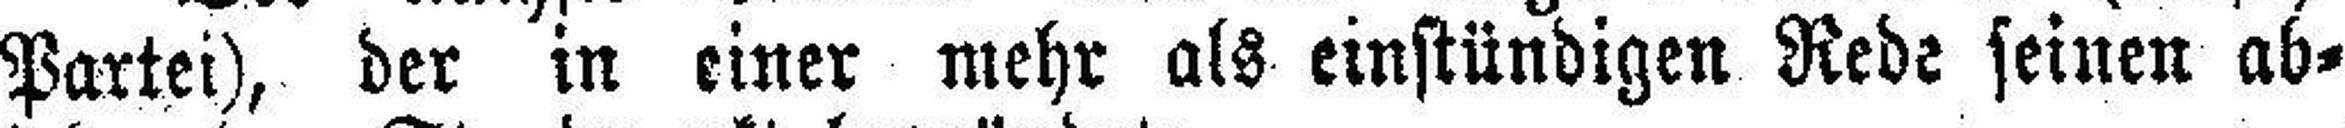
Partei), der in einer mehr als einstündigen Rede seinen ab¬